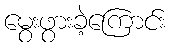
မွေးဖွားခဲ့ကြောင်း